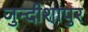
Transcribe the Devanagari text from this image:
जुन्दीशापुर